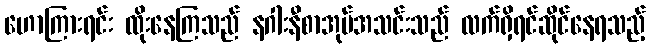
ဟောကြားရင်း ထိုးနေကြသည် နဂါးနီစာအုပ်အသင်းသည် လက်ရှိရင်ဆိုင်နေရသည့်